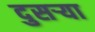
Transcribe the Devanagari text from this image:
दुसऱ्या